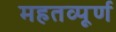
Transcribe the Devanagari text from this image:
महतव्पूर्ण